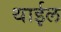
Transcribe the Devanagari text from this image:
थाईल